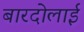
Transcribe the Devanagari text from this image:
बारदोलाई